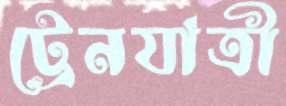
ট্রেনযাত্রী